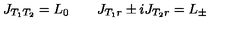
J _ { T _ { 1 } T _ { 2 } } = L _ { 0 } \qquad J _ { T _ { 1 } r } \pm i J _ { T _ { 2 } r } = L _ { \pm }